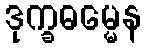
ဒုက္ခဓမ္မေန